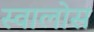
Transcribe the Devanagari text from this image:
स्वालोस